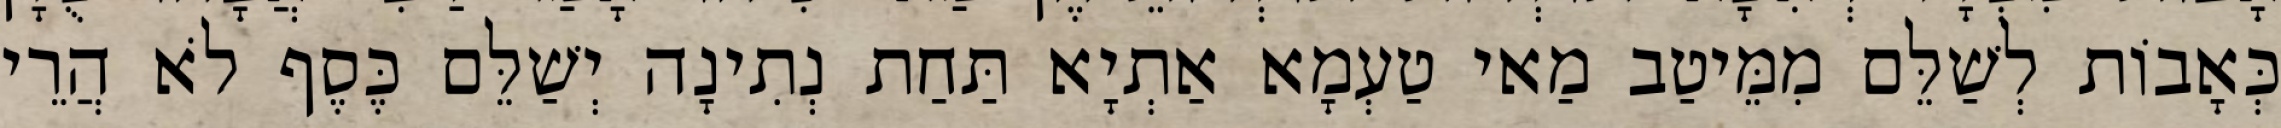
כְּאָבוֹת לְשַׁלֵּם מִמֵּיטַב מַאי טַעְמָא אַתְיָא תַּחַת נְתִינָה יְשַׁלֵּם כֶּסֶף לֹא הֲרֵי